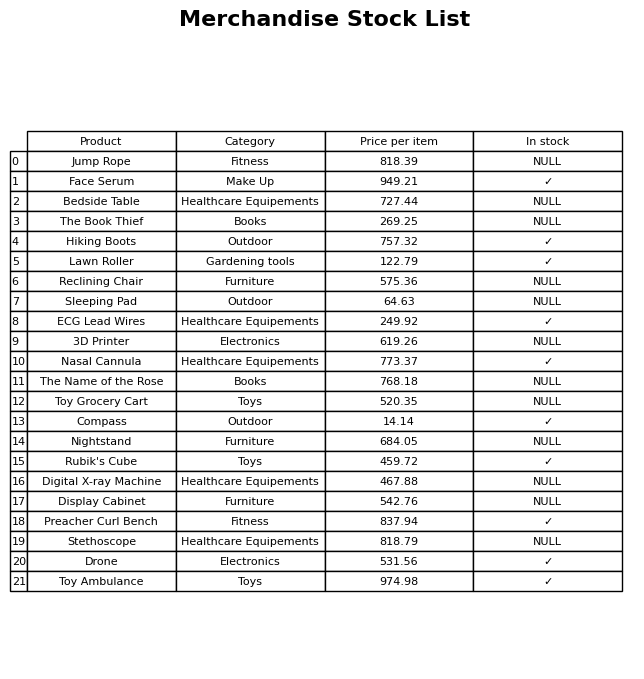
question: What is the price of the Lawn Roller?
answer: The price of Lawn Roller is 122.79.